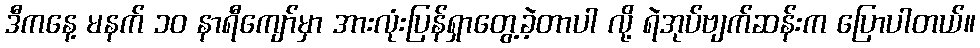
ဒီကနေ့ မနက် ၁၀ နာရီကျော်မှာ အားလုံးပြန်ရှာတွေ့ခဲ့တာပါ လို့ ရဲအုပ်ဗျက်ဆန်းက ပြောပါတယ်။